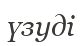
үзуді